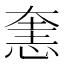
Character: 㥣